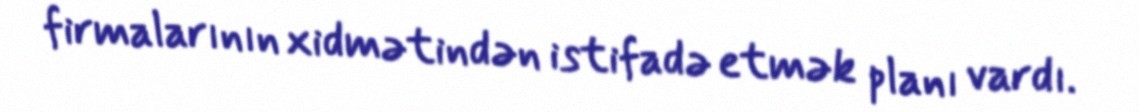
firmalarının xidmətindən istifadə etmək planı vardı.